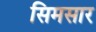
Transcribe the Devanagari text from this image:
सिमसार